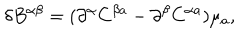
\delta B ^ { \alpha \beta } = ( \partial ^ { \alpha } C ^ { \beta a } - \partial ^ { \beta } C ^ { \alpha a } ) \mu _ { a } ,